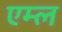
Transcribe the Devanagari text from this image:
एम्ल